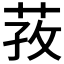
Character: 𰱎